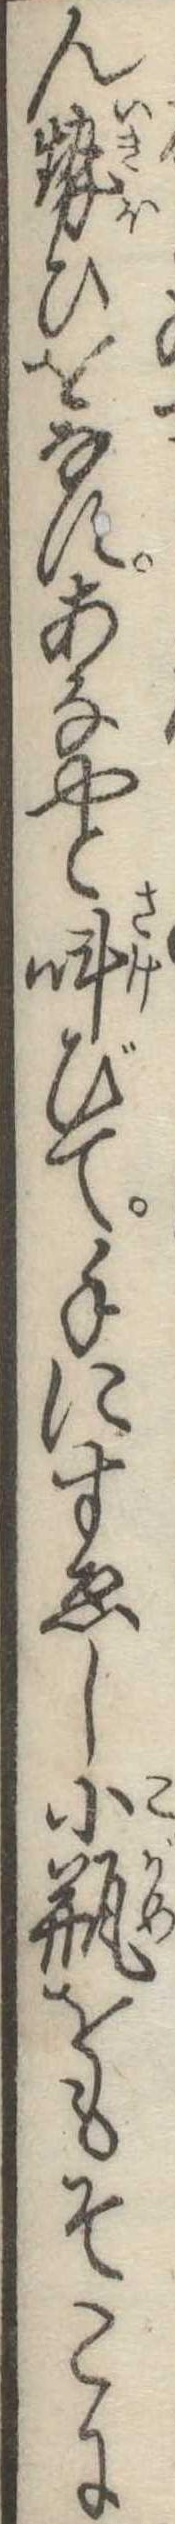
ん勢ひをなすあなやと叫びて手にすゑし小瓶をもそこに